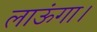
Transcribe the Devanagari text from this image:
लाऊंगा।